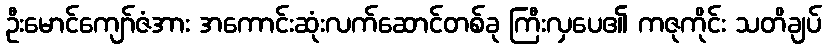
ဦးမောင်ကျော်ဇံအား အကောင်းဆုံးလက်ဆောင်တစ်ခု ကြီးလှပေ၏ ကဇုကိုင်း သတိချပ်